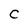
Character: C